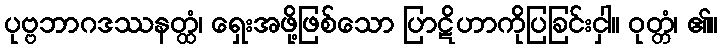
ပုဗ္ဗဘာဂဒဿနတ္ထံ၊ ရှေးအဖို့ဖြစ်သော ပြာဋိဟာကိုပြခြင်းငှါ။ ဝုတ္တံ၊ ၏။